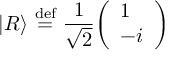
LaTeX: | R \rangle \ { \stackrel { \mathrm { d e f } } { = } } \ { \frac { 1 } { \sqrt { 2 } } } { \left( \begin{array} { l } { 1 } \\ { - i } \end{array} \right) }